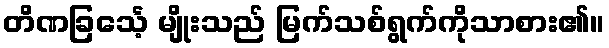
တိဏခြင်္သေ့ မျိုးသည် မြက်သစ်ရွက်ကိုသာစား၏။